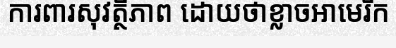
ការពារសុវត្ថិភាព ដោយថាខ្លាចអាមេរិក